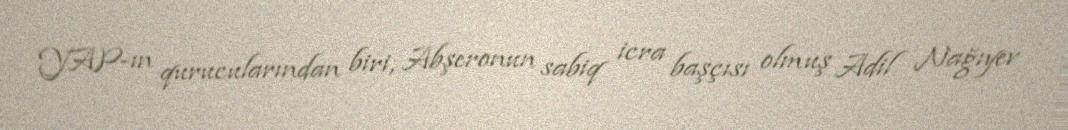
YAP-ın qurucularından biri, Abşeronun sabiq icra başçısı olmuş Adil Nağıyev